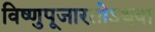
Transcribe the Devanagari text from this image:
विष्णुपूजारतोऽथवा